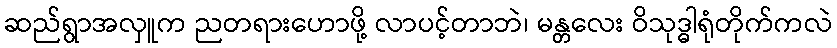
ဆည်ရွာအလှူက ညတရားဟောဖို့ လာပင့်တာဘဲ၊ မန္တလေး ဝိသုဒ္ဓါရုံတိုက်ကလဲ